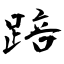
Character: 踣